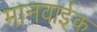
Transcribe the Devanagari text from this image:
मानवाईक